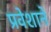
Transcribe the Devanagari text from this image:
प्रवेशाने